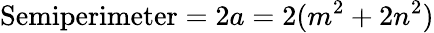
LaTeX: {\mathrm{Semiperimeter}}=2a=2(m^{2}+2n^{2})